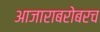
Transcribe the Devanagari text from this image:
आजाराबरोबरच